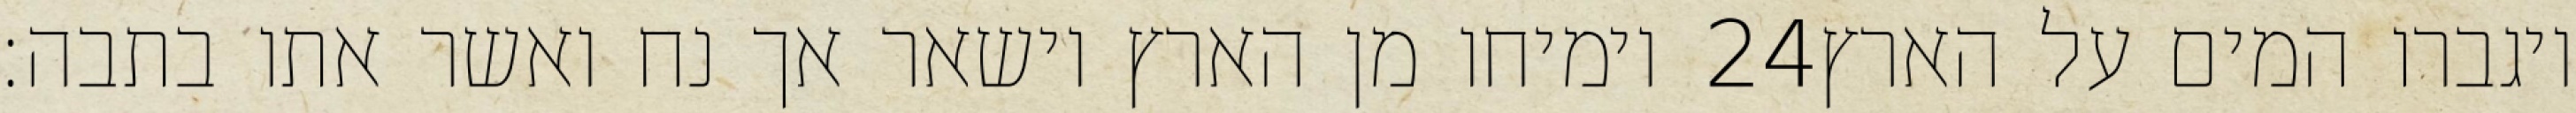
וימיחו מן הארץ וישאר אך נח ואשר אתו בתבה׃ ‎24‏ ויגברו המים על הארץ